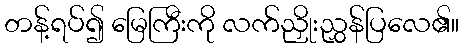
တန့်ရပ်၍ မြေကြီးကို လက်ညှိုးညွှန်ပြလေ၏။